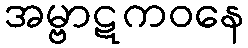
အမ္ဗာဋကဝနေ